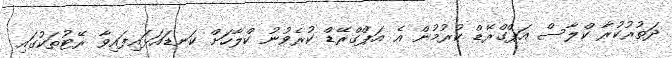
ދަތުރުކުރާ ކްލާސް އަޕްގްރޭޑް ކުރުމުން އެ އަޕްގްރޭޑް ކުރެވުނު ކްލާހަށް ކަނޑައަޅައިފައިވާ ރޭޓުތަކުގައި